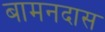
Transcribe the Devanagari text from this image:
बामनदास